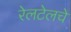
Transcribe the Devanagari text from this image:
रेलटेलचे